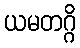
ယမတဂ္ဂိ